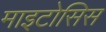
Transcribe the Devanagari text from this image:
माइटोसिस